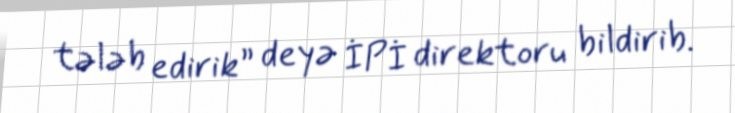
tələb edirik” deyə İPİ direktoru bildirib.